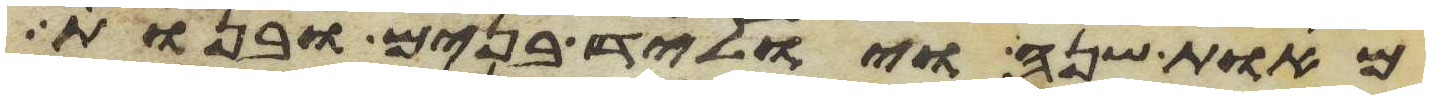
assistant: מאות שנה ויוליד בנים ובנות